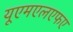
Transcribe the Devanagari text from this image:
यूएमएलएफए